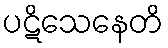
ပဋိသေနေတိ